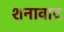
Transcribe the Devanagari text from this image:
शनावाद